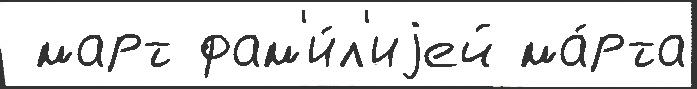
 март фам'и́л'иjей ма́рта